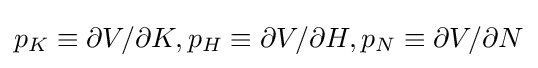
p_{K}\equiv \partial V/\partial K,p_{H}\equiv \partial V/\partial H,p_{N}\equiv \partial V/\partial N